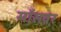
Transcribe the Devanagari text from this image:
माँसवर